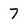
Character: 7